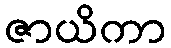
ဇာယိကာ